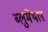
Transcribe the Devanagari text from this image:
ब्लुमेंथल